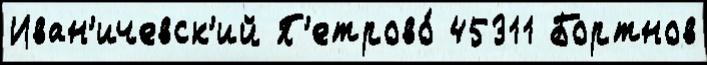
Иван'ичевск'ий П'етрово́ 45311 Бортнов